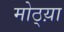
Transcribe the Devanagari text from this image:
मोठ्य़ा